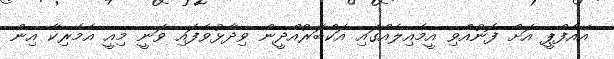
އޭއެފްޕީ އަށް ފޮނުއްވި އީމެއިލެއްގައި އަކްބަރުއްދީން ވިދާޅުވެފައި ވަނީ މިއީ އެމެރިކާ އިން